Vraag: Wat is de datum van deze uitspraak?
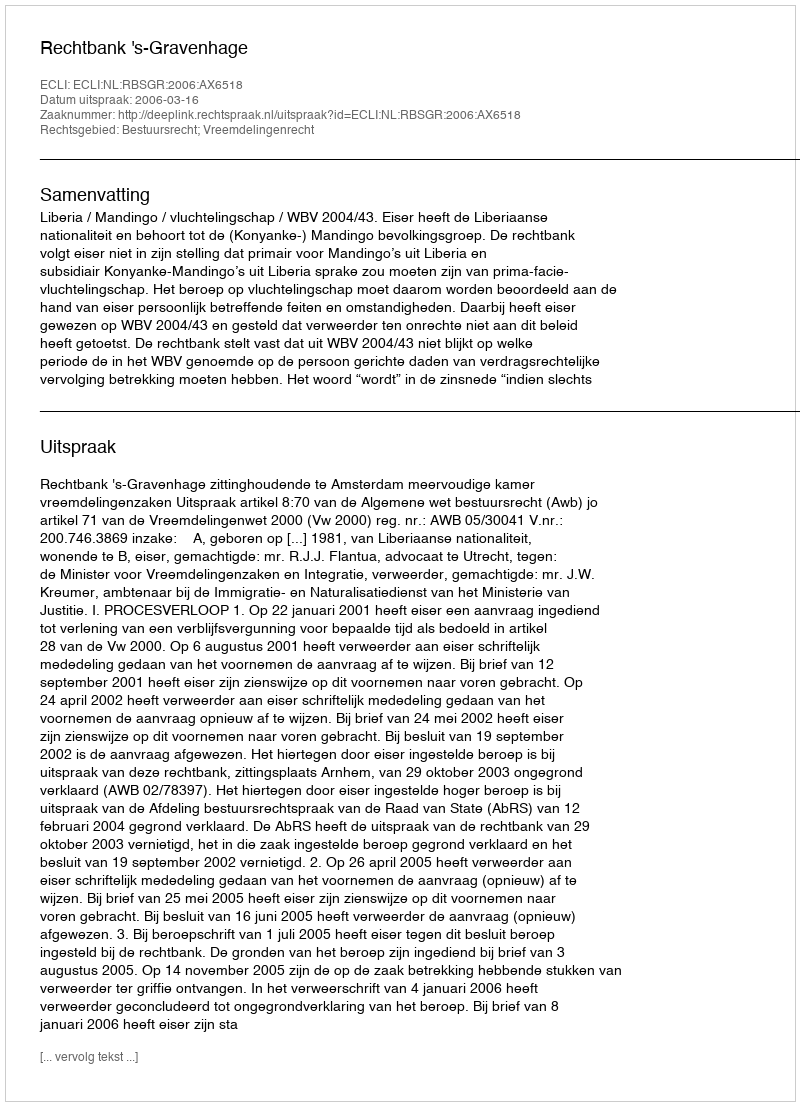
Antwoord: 2006-03-16